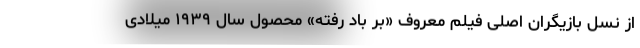
از نسل بازیگران اصلی فیلم معروف «بر باد رفته» محصول سال ۱۹۳۹ میلادی